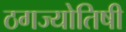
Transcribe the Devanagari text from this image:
ठगज्योतिषी